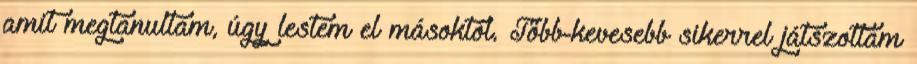
amit megtanultam, úgy lestem el másoktól. Több-kevesebb sikerrel játszottam